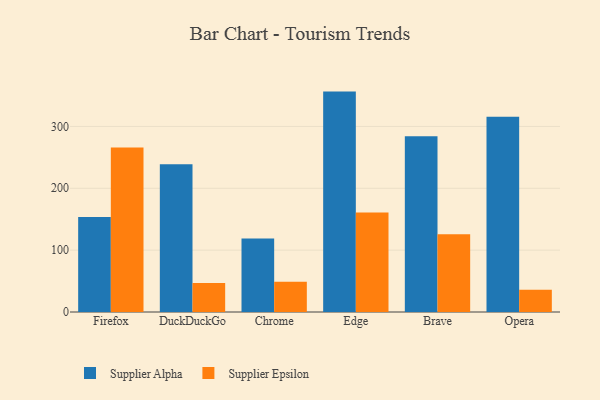
{"axis": {"x": "Browser", "y": "Website Visitors"}, "legend": ["Supplier Alpha", "Supplier Epsilon"], "data": [{"x": "Firefox", "y": 153.4, "type": "Supplier Alpha"}, {"x": "Firefox", "y": 266.0, "type": "Supplier Epsilon"}, {"x": "DuckDuckGo", "y": 239.0, "type": "Supplier Alpha"}, {"x": "DuckDuckGo", "y": 47.0, "type": "Supplier Epsilon"}, {"x": "Chrome", "y": 119.0, "type": "Supplier Alpha"}, {"x": "Chrome", "y": 48.9, "type": "Supplier Epsilon"}, {"x": "Edge", "y": 356.3, "type": "Supplier Alpha"}, {"x": "Edge", "y": 160.9, "type": "Supplier Epsilon"}, {"x": "Brave", "y": 284.2, "type": "Supplier Alpha"}, {"x": "Brave", "y": 125.6, "type": "Supplier Epsilon"}, {"x": "Opera", "y": 315.7, "type": "Supplier Alpha"}, {"x": "Opera", "y": 35.9, "type": "Supplier Epsilon"}]}